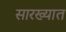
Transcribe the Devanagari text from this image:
सारख्यात